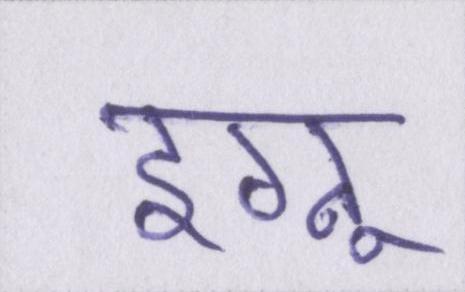
इग्नू